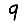
Digit: 9